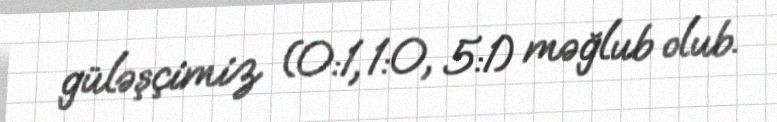
güləşçimiz (0:1, 1:0, 5:1) məğlub olub.